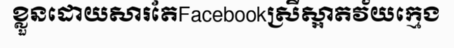
ខ្លួនដោយសារតែFacebookស្រីស្អាតវ័យក្មេង